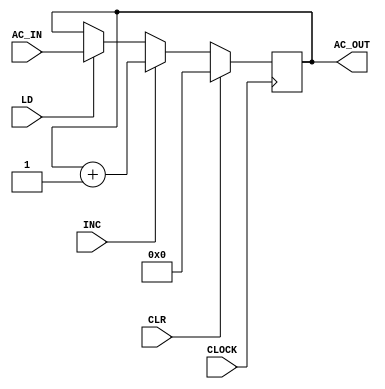
`timescale 1ns / 1ps
//////////////////////////////////////////////////////////////////////////////////
// Company: 
// Engineer: 
// 
// Design Name: 
// Module Name: AC_Design
// Project Name: 
// Target Devices: 
// Tool Versions: 
// Description: 
// 
// Dependencies: 
// 
// Revision:
// Revision 0.01 - File Created
// Additional Comments:
// 
//////////////////////////////////////////////////////////////////////////////////
module AC_Design(
    input CLR,
    input INC,
    input CLOCK,
    input [15:0] AC_IN,
    output reg [15:0] AC_OUT,
    input LD
    );
    

         initial AC_OUT = 0;       
            always @(posedge CLOCK)
            
            begin
    if(CLR)
    AC_OUT <=16'b0;
     else if(INC)
    AC_OUT <= AC_OUT +1;
     else if(LD)
    AC_OUT <= AC_IN;
    end
    
    

endmodule